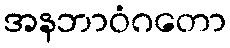
အနဘာဝံဂတော